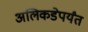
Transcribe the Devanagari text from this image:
अलिकडेपर्यंत